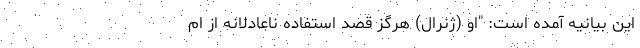
این بیانیه آمده است: "او (ژنرال) هرگز قصد استفاده ناعادلانه از ام